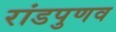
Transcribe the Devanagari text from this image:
रांडपुणव